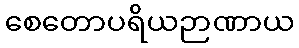
စေတောပရိယဉာဏာယ